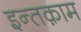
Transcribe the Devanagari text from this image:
इन्तक़ाम